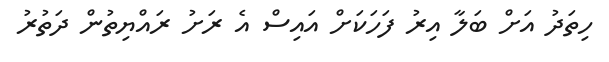
ހިތަދު އަށް ބަލާ އިރު ފަހަކަށް އައިސް އެ ރަށު ރައްޔިތުން ދަތުރު